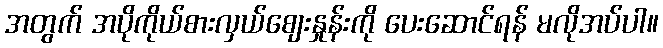
အတွက် အပိုကိုယ်စားလှယ်စျေးနှုန်းကို ပေးဆောင်ရန် မလိုအပ်ပါ။